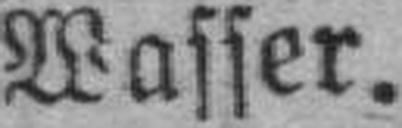
Wasser.